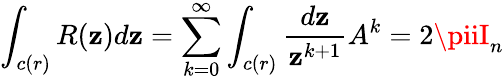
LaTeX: \int_{c(r)}R(\mathbf{z})d\mathbf{z}=\sum_{k=0}^{\infty}\int_{c(r)}{\frac{{d\mathbf{z}}}{{\mathbf{z}^{k+1}}}}A^{k}=2\piiI_{n}